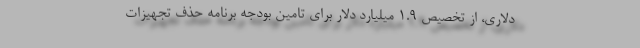
دلاری، از تخصیص ۱.۹ میلیارد دلار برای تامین بودجه برنامه حذف تجهیزات